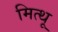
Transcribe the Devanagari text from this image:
मित्थू